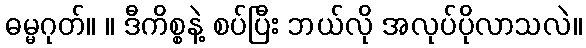
ဓမ္မဂုတ်။ ။ ဒီကိစ္စနဲ့ စပ်ပြီး ဘယ်လို အလုပ်ပိုလာသလဲ။